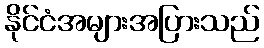
နိုင်ငံအများအပြားသည်